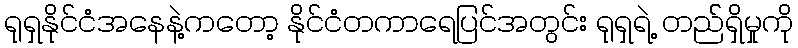
ရုရှနိုင်ငံအနေနဲ့ကတော့ နိုင်ငံတကာရေပြင်အတွင်း ရုရှရဲ့ တည််ရှိမှုကို